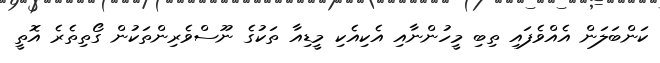
ކަންބަލަން އެއްވެފައި ތިބި މީހުންނާއި އެކިއެކި މީޑިއާ ތަކުގެ ނޫސްވެރިންތަކުން ގޯތިތެރެ އޮތީ